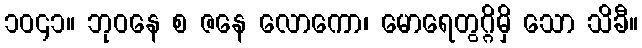
၁၀၄၁။ ဘုဝနေ စ ဇနေ လောကော၊ မောရေတွဂ္ဂိမှိ သော သိခီ။